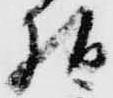
様